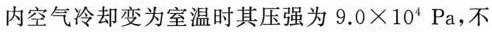
内空气冷却变为室温时其压强为$$9.0×10^{4}Pa$$，不